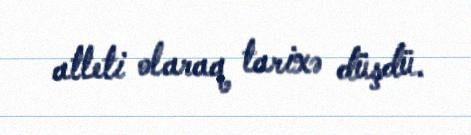
atleti olaraq tarixə düşdü.